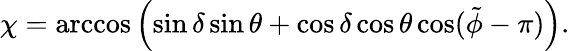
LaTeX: \chi=\operatorname{arccos}\left(\sin\delta\sin\theta+\cos\delta\cos\theta\cos(\tilde{\phi}-\pi)\right).